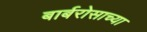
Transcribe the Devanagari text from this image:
बार्बरोसाच्या